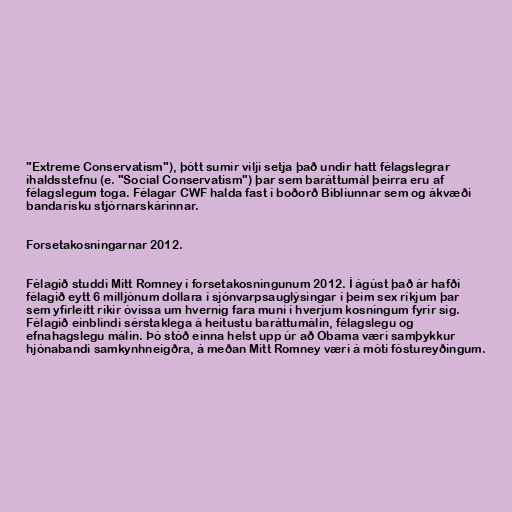
"Extreme Conservatism"), þótt sumir vilji setja það undir hatt félagslegrar
íhaldsstefnu (e. "Social Conservatism") þar sem baráttumál þeirra eru af
félagslegum toga. Félagar CWF halda fast í boðorð Biblíunnar sem og ákvæði
bandarísku stjórnarskárinnar.

Forsetakosningarnar 2012.

Félagið studdi Mitt Romney í forsetakosningunum 2012. Í ágúst það ár hafði
félagið eytt 6 milljónum dollara í sjónvarpsauglýsingar í þeim sex ríkjum þar
sem yfirleitt ríkir óvissa um hvernig fara muni í hverjum kosningum fyrir sig.
Félagið einblíndi sérstaklega á heitustu baráttumálin, félagslegu og
efnahagslegu málin. Þó stóð einna helst upp úr að Obama væri samþykkur
hjónabandi samkynhneigðra, á meðan Mitt Romney væri á móti fóstureyðingum.